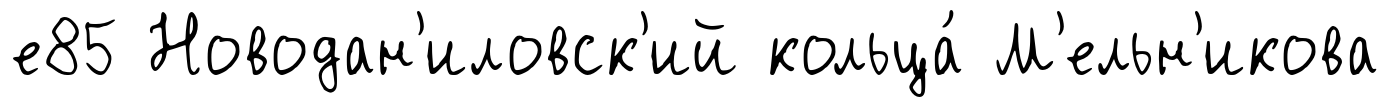
е85 Новодан'иловск'ий кольца́ М'ельн'икова